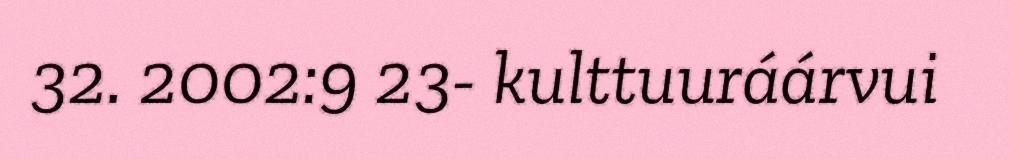
32. 2002:9 23- kulttuuráárvui